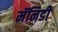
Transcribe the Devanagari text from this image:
मॅनिडी